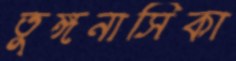
তুঙ্গনাসিকা